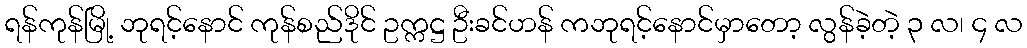
ရန်ကုန်မြို့ ဘုရင့်နောင် ကုန်စည်ဒိုင် ဥက္ကဋ္ဌ ဦးခင်ဟန် ကဘုရင့်နောင်မှာတော့ လွန်ခဲ့တဲ့ ၃ လ၊ ၄ လ